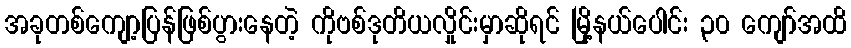
အခုတစ်ကျော့ပြန်ဖြစ်ပွားနေတဲ့ ကိုဗစ်ဒုတိယလှိုင်းမှာဆိုရင် မြို့နယ်ပေါင်း ၃၀ ကျော်အထိ